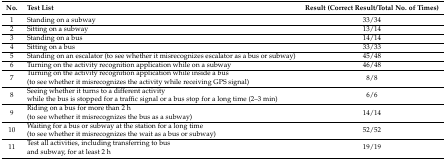
<table><thead><tr><td><b>No.</b></td><td><b>Test List</b></td><td><b>Result (Correct Result/Total No. of Times)</b></td></tr></thead><tbody><tr><td>1</td><td>Standing on a subway</td><td>33/34</td></tr><tr><td>2</td><td>Sitting on a subway</td><td>13/14</td></tr><tr><td>3</td><td>Standing on a bus</td><td>14/14</td></tr><tr><td>4</td><td>Sitting on a bus</td><td>33/33</td></tr><tr><td>5</td><td>Standing on an escalator (to see whether it misrecognizes escalator as a bus or subway)</td><td>45/48</td></tr><tr><td>6</td><td>Turning on the activity recognition application while on a subway</td><td>46/48</td></tr><tr><td>7</td><td>Turning on the activity recognition application while inside a bus (to see whether it misrecognizes the activity while receiving GPS signal)</td><td>8/8</td></tr><tr><td>8</td><td>Seeing whether it turns to a different activity while the bus is stopped for a traffic signal or a bus stop for a long time (2–3 min)</td><td>6/6</td></tr><tr><td>9</td><td>Riding on a bus for more than 2 h (to see whether it misrecognizes the bus as a subway)</td><td>14/14</td></tr><tr><td>10</td><td>Waiting for a bus or subway at the station for a long time (to see whether it misrecognizes the wait as a bus or subway)</td><td>52/52</td></tr><tr><td>11</td><td>Test all activities, including transferring to bus and subway, for at least 2 h</td><td>19/19</td></tr></tbody></table>